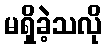
မရှိခဲ့သလို